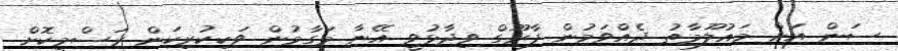
ސަން އަށް މައުލޫމާތު ދެއްވަމުން ފާރޫގް ވިދާޅުވީ އޭނާ މަގާމުން ވަކިކުރިކަން ރަސްމީކޮށް